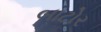
બાટોર